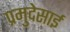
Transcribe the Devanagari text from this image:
प्रमुदेसाई